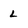
Character: L